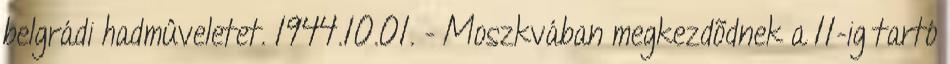
belgrádi hadmûveletet. 1944.10.01. - Moszkvában megkezdõdnek a 11-ig tartó